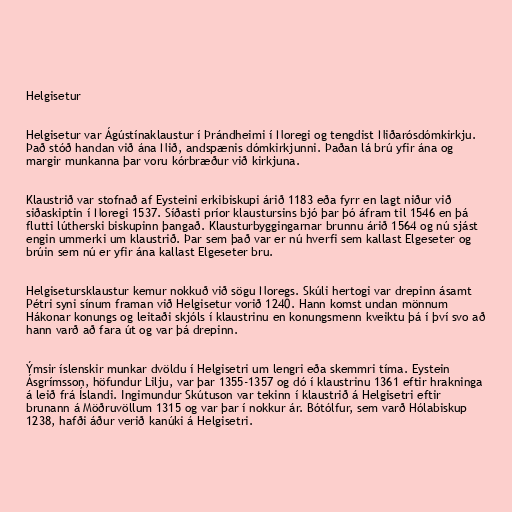
Helgisetur

Helgisetur var Ágústínaklaustur í Þrándheimi í Noregi og tengdist Niðarósdómkirkju.
Það stóð handan við ána Nið, andspænis dómkirkjunni. Þaðan lá brú yfir ána og
margir munkanna þar voru kórbræður við kirkjuna.

Klaustrið var stofnað af Eysteini erkibiskupi árið 1183 eða fyrr en lagt niður við
siðaskiptin í Noregi 1537. Síðasti príor klaustursins bjó þar þó áfram til 1546 en þá
flutti lútherski biskupinn þangað. Klausturbyggingarnar brunnu árið 1564 og nú sjást
engin ummerki um klaustrið. Þar sem það var er nú hverfi sem kallast Elgeseter og
brúin sem nú er yfir ána kallast Elgeseter bru.

Helgisetursklaustur kemur nokkuð við sögu Noregs. Skúli hertogi var drepinn ásamt
Pétri syni sínum framan við Helgisetur vorið 1240. Hann komst undan mönnum
Hákonar konungs og leitaði skjóls í klaustrinu en konungsmenn kveiktu þá í því svo að
hann varð að fara út og var þá drepinn.

Ýmsir íslenskir munkar dvöldu í Helgisetri um lengri eða skemmri tíma. Eystein
Ásgrímsson, höfundur Lilju, var þar 1355-1357 og dó í klaustrinu 1361 eftir hrakninga
á leið frá Íslandi. Ingimundur Skútuson var tekinn í klaustrið á Helgisetri eftir
brunann á Möðruvöllum 1315 og var þar í nokkur ár. Bótólfur, sem varð Hólabiskup
1238, hafði áður verið kanúki á Helgisetri.